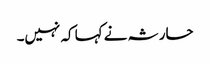
حارثہ نے کہا کہ نہیں۔